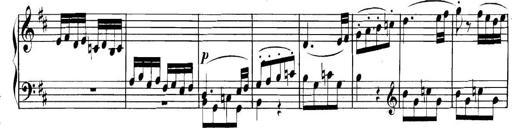
Title: Collected Piano Sonatas
Composer: Muzio Clementi